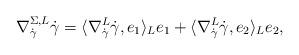
LaTeX: \begin{align*}\nabla^{\Sigma,L}_{\dot{\gamma}}\dot{\gamma}=\langle \nabla^L_{\dot{\gamma}}\dot{\gamma},e_1\rangle_Le_1+\langle \nabla^L_{\dot{\gamma}}\dot{\gamma},e_2\rangle_Le_2,\end{align*}